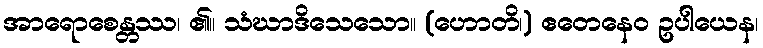
အာရောစေန္တဿ၊ ၏။ သံဃာဒိသေသော။ (ဟောတိ၊) ဧတေနေဝ ဥပါယေန၊